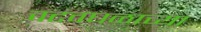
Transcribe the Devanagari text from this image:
वटवघळाच्या